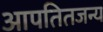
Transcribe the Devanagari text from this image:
आपतितजन्य